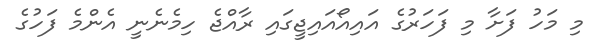
މި މަހު ފަށާ މި ފަހަރުގެ އައިއޯއަައިޖީގައި ރާއްޖެ ހިމެނެނީ އެންމެ ފަހުގެ